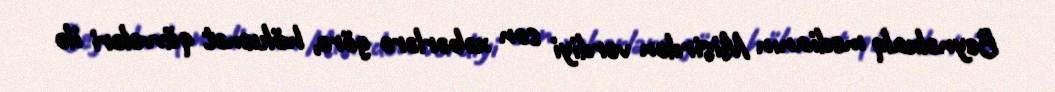
Beynəlxalq medianın Misirdən verdiyi son xəbərlərə görə, hökumət qüvvələri ilə